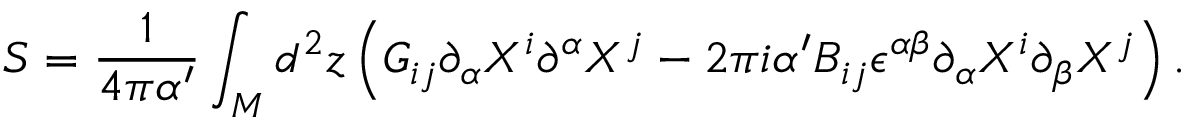
S = \frac { 1 } { 4 \pi \alpha ^ { \prime } } \int _ { \cal M } d ^ { 2 } z \left( G _ { i j } \partial _ { \alpha } X ^ { i } \partial ^ { \alpha } X ^ { j } - 2 \pi i \alpha ^ { \prime } B _ { i j } \epsilon ^ { \alpha \beta } \partial _ { \alpha } X ^ { i } \partial _ { \beta } X ^ { j } \right) .